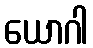
ယောဂါ